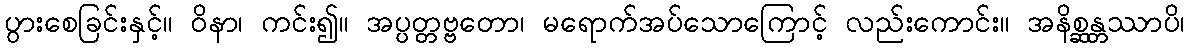
ပွားစေခြင်းနှင့်။ ဝိနာ၊ ကင်း၍။ အပ္ပတ္တဗ္ဗတော၊ မရောက်အပ်သောကြောင့် လည်းကောင်း။ အနိစ္ဆန္တဿာပိ၊